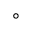
\circ